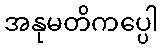
အနုမတိကပ္ပေါ